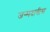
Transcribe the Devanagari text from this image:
जन्मदात्रीस